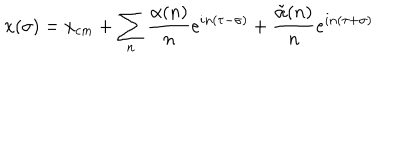
LaTeX: x ( \sigma ) = x _ { c m } + \sum _ { n } { \frac { \alpha ( n ) } { n } } e ^ { i n ( \tau - \sigma ) } + { \frac { \tilde { \alpha } ( n ) } { n } } e ^ { i n ( \tau + \sigma ) }